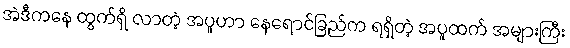
အဲဒီကနေ ထွက်ရှိ လာတဲ့ အပူဟာ နေရောင်ခြည်က ရရှိတဲ့ အပူထက် အများကြီး